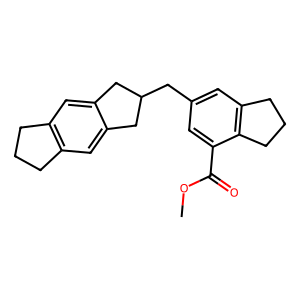
SMILES: COC(=O)c1cc(CC2Cc3cc4c(cc3C2)CCC4)cc2c1CCC2
Inhibits HIV replication: No